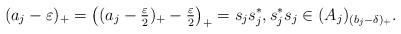
LaTeX: \begin{align*}(a_j-\varepsilon)_+ = \left( (a_j-\tfrac{\varepsilon}{2})_+ -\tfrac{\varepsilon}{2}\right)_+= s_js_j^*, s_j^*s_j \in (A_j)_{(b_j-\delta)_+}.\end{align*}